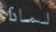
لماذا